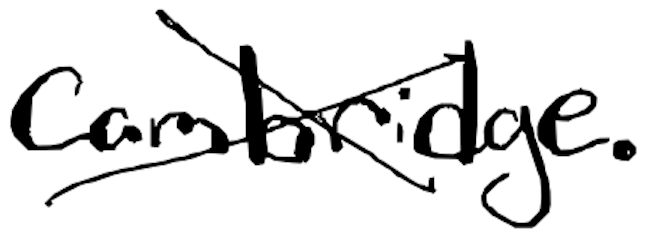
Text: Cambridge.
Cross-out: cross
Writing tool: digital_black